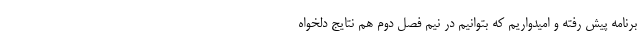
برنامه پیش رفته و امیدواریم که بتوانیم در نیم فصل دوم هم نتایج دلخواه